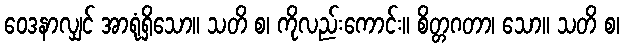
ဝေဒနာလျှင် အာရုံရှိသော။ သတိ စ၊ ကိုလည်းကောင်း။ စိတ္တဂတာ၊ သော။ သတိ စ၊